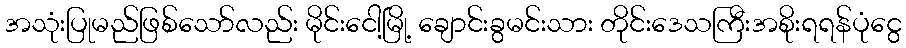
အသုံးပြုမည်ဖြစ်သော်လည်း မိုင်းငေါ့မြို့ ချောင်းခွမင်းသား တိုင်းဒေသကြီးအစိုးရရန်ပုံငွေ